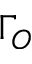
\Gamma _ { O }